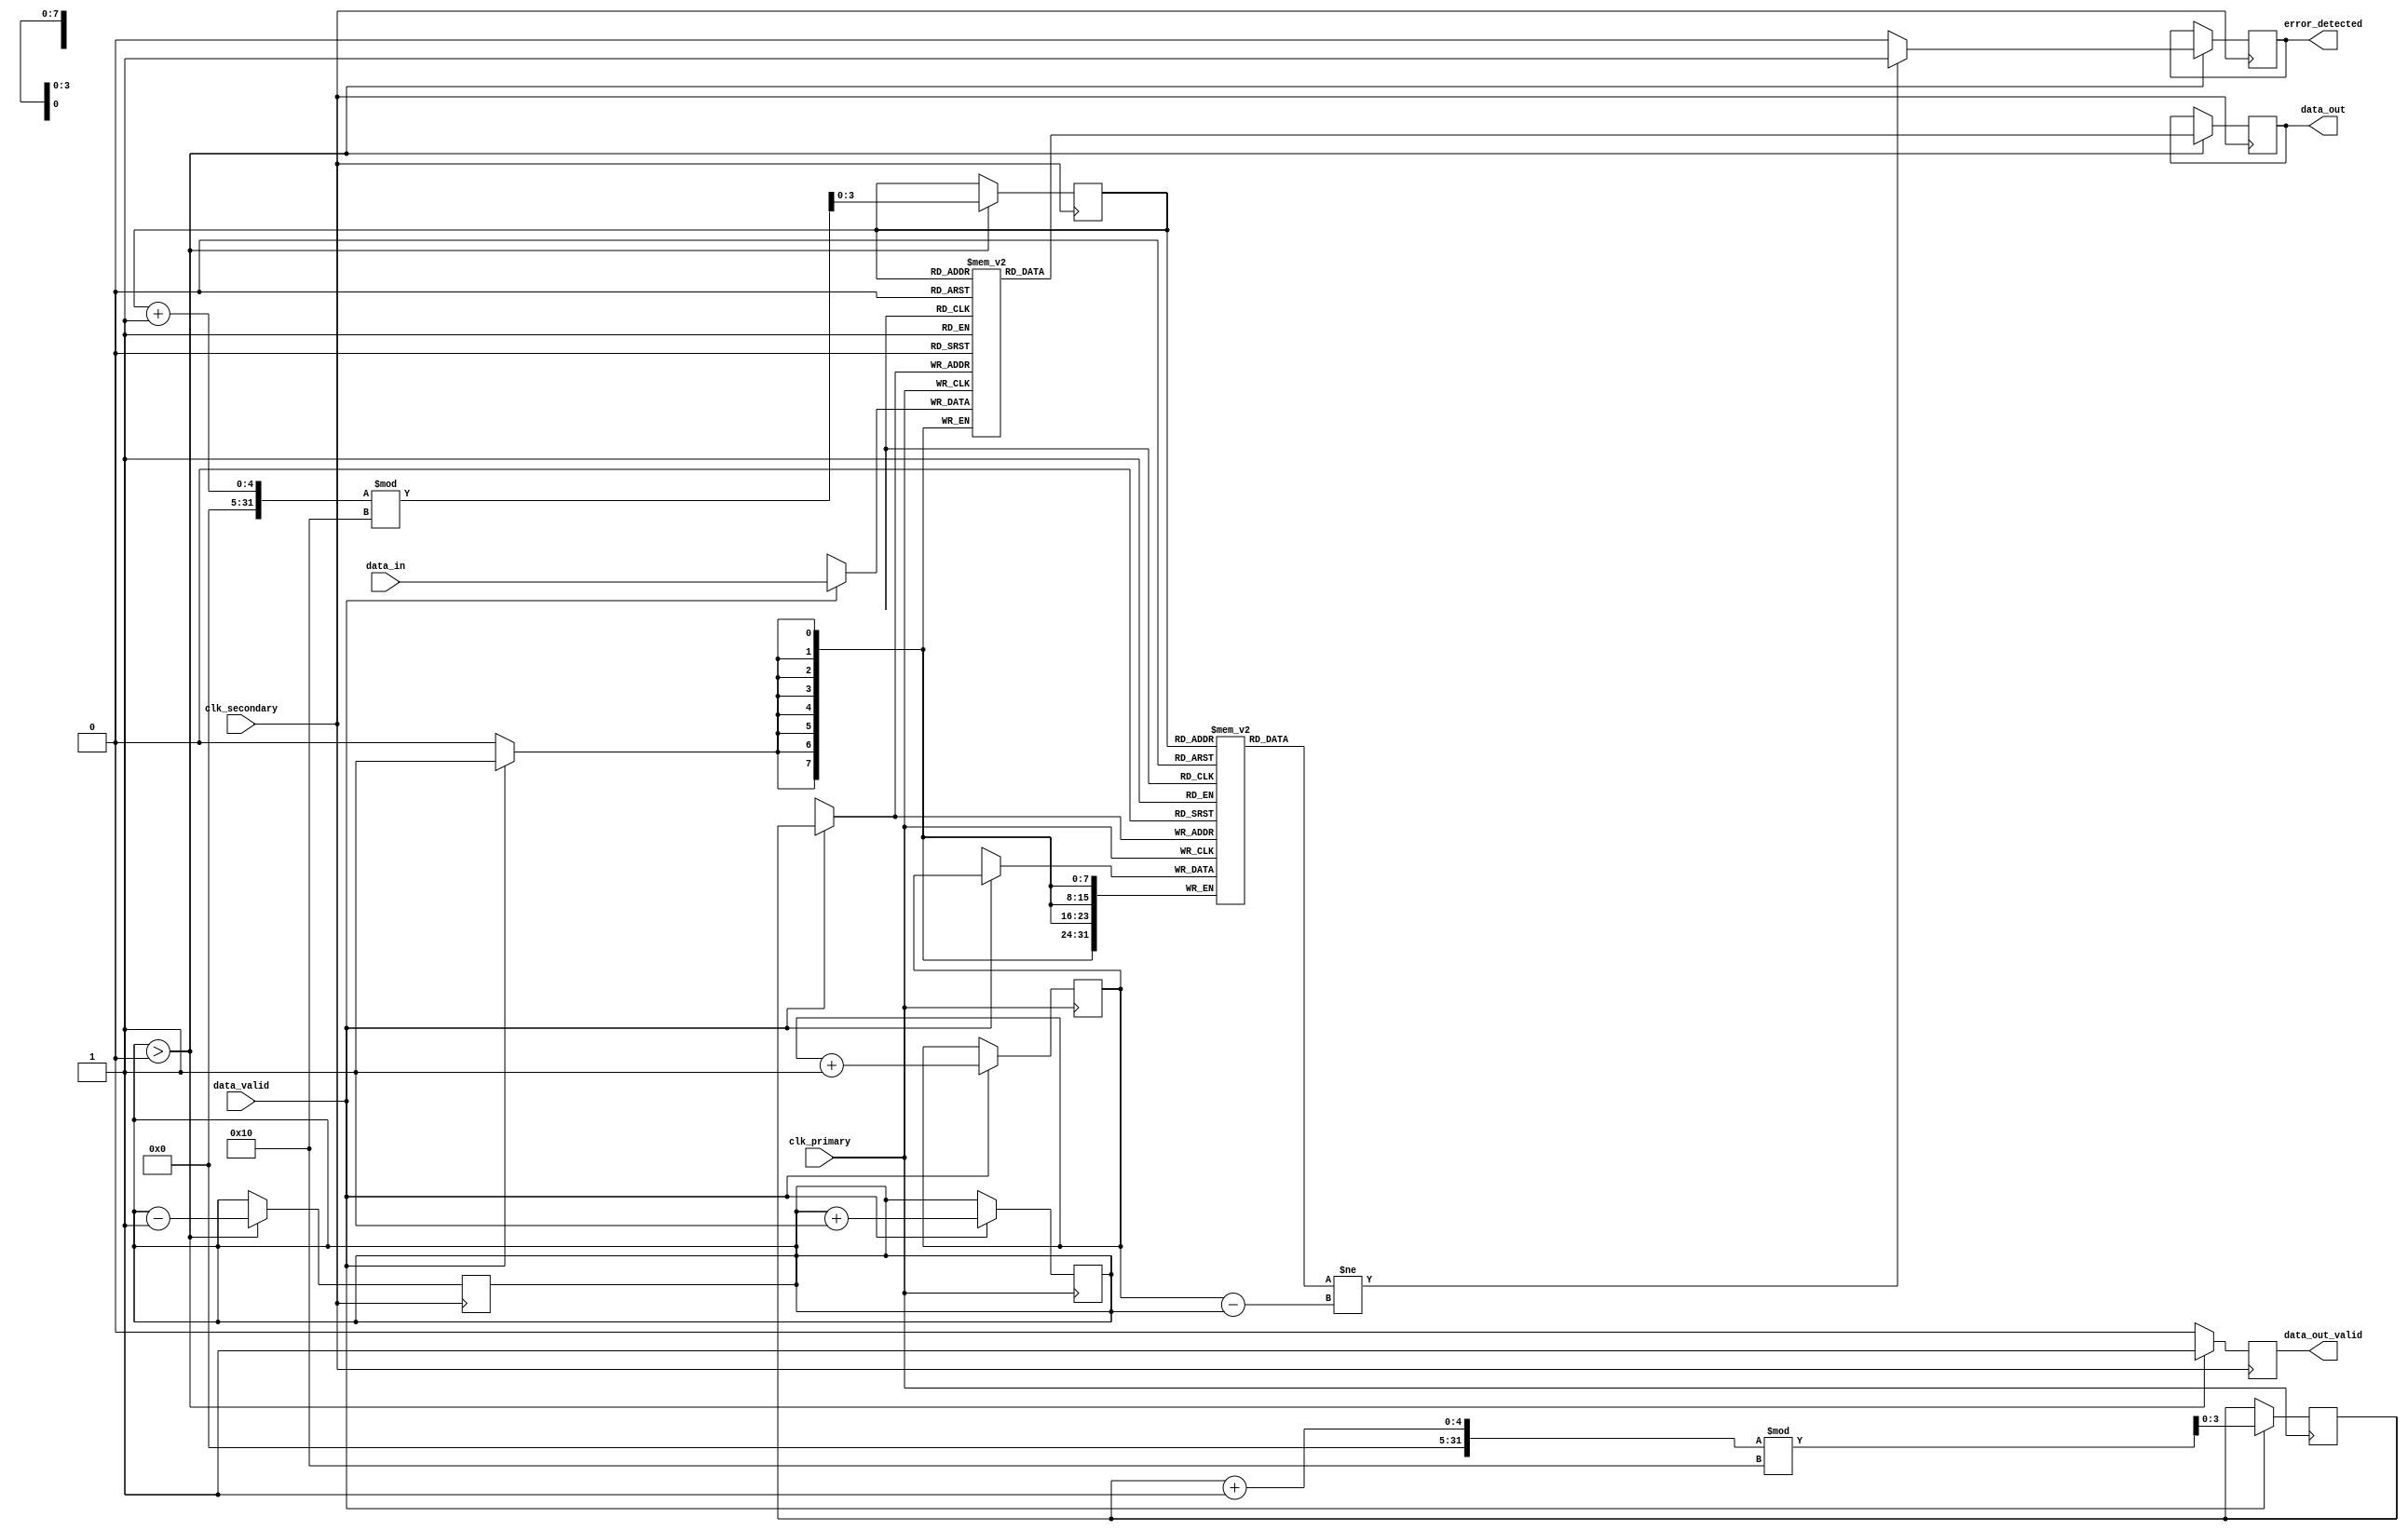
module TimeStampedSynchronizer #(
    parameter DATA_WIDTH = 8,
    parameter FIFO_DEPTH = 16
)(
    input wire clk_primary,           // Primary clock
    input wire clk_secondary,         // Secondary clock
    input wire [DATA_WIDTH-1:0] data_in, // Input data from primary clock domain
    input wire data_valid,            // Data valid signal from primary clock domain
    output reg [DATA_WIDTH-1:0] data_out, // Output data to secondary clock domain
    output reg data_out_valid,        // Output valid signal to secondary clock domain
    output reg error_detected         // Error detection signal
);

// Time-stamping logic
reg [31:0] timestamp_counter; // 32-bit timestamp counter
reg [DATA_WIDTH-1:0] fifo_data[FIFO_DEPTH-1:0]; // FIFO data storage
reg [31:0] fifo_timestamp[FIFO_DEPTH-1:0]; // FIFO timestamp storage
reg [3:0] write_pointer; // FIFO write pointer
reg [3:0] read_pointer; // FIFO read pointer
reg [3:0] fifo_count; // FIFO item count

// Reset logic
initial begin
    write_pointer = 0;
    read_pointer = 0;
    fifo_count = 0;
    timestamp_counter = 0;
    data_out_valid = 0;
    error_detected = 0;
end

// Time-stamping and FIFO write logic
always @(posedge clk_primary) begin
    if (data_valid) begin
        // Store data and timestamp in FIFO
        fifo_data[write_pointer] <= data_in;
        fifo_timestamp[write_pointer] <= timestamp_counter;
        write_pointer <= (write_pointer + 1) % FIFO_DEPTH;
        fifo_count <= fifo_count + 1;
        timestamp_counter <= timestamp_counter + 1; // Increment timestamp
    end
end

// FIFO read logic and CDC for output data
always @(posedge clk_secondary) begin
    if (fifo_count > 0) begin
        // Read data and timestamp from FIFO
        data_out <= fifo_data[read_pointer];
        data_out_valid <= 1; // Signal that output data is valid
        read_pointer <= (read_pointer + 1) % FIFO_DEPTH;
        fifo_count <= fifo_count - 1;
        
        // Check for potential errors (simple example)
        if (fifo_timestamp[read_pointer] != timestamp_counter - fifo_count) begin
            error_detected <= 1; // Error detected
        end else begin
            error_detected <= 0; // No error detected
        end
    end else begin
        data_out_valid <= 0; // No valid data to output
    end
end

endmodule